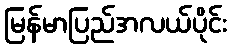
မြန်မာပြည်အလယ်ပိုင်း